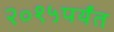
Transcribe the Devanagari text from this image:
२०१५पर्यंत